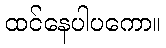
ထင်နေပါပကော။